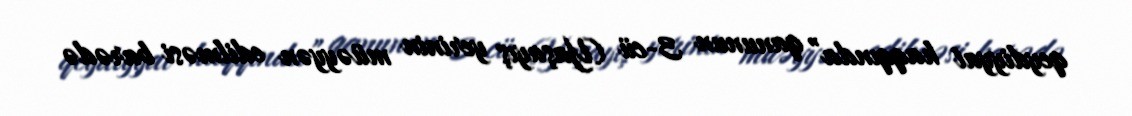
qeydiyyat haqqında” qanunun 3-cü (Yaşayış yerinin müəyyən edilməsi barədə